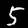
Digit: 5